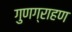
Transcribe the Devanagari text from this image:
गुणग्राहण